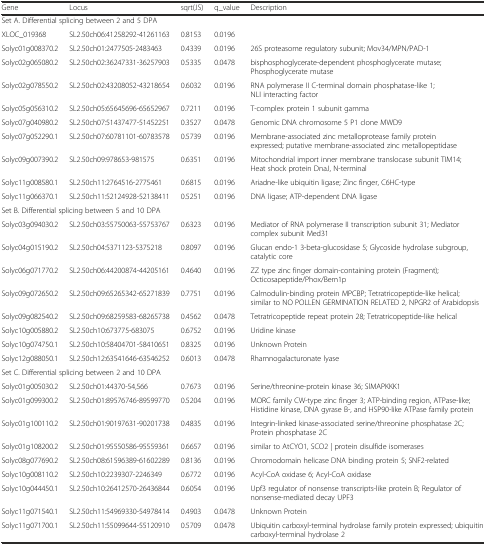
<table><thead><tr><td><b>Gene</b></td><td><b>Locus</b></td><td><b>sqrt(JS)</b></td><td><b>q_value</b></td><td><b>Description</b></td></tr></thead><tbody><tr><td colspan="5">Set A. Differential splicing between 2 and 5 DPA</td></tr><tr><td>XLOC_019368</td><td>SL2.50ch06:41258292-41261163</td><td>0.8153</td><td>0.0196</td><td></td></tr><tr><td>Solyc01g008370.2</td><td>SL2.50ch01:2477505-2483463</td><td>0.4339</td><td>0.0196</td><td>26S proteasome regulatory subunit; Mov34/MPN/PAD-1</td></tr><tr><td>Solyc02g065080.2</td><td>SL2.50ch02:36247331-36257903</td><td>0.5335</td><td>0.0478</td><td>bisphosphoglycerate-dependent phosphoglycerate mutase; Phosphoglycerate mutase</td></tr><tr><td>Solyc02g078550.2</td><td>SL2.50ch02:43208052-43218654</td><td>0.6032</td><td>0.0196</td><td>RNA polymerase II C-terminal domain phosphatase-like 1; NLI interacting factor</td></tr><tr><td>Solyc05g056310.2</td><td>SL2.50ch05:65645696-65652967</td><td>0.7211</td><td>0.0196</td><td>T-complex protein 1 subunit gamma</td></tr><tr><td>Solyc07g040980.2</td><td>SL2.50ch07:51437477-51452251</td><td>0.3527</td><td>0.0478</td><td>Genomic DNA chromosome 5 P1 clone MWD9</td></tr><tr><td>Solyc07g052290.1</td><td>SL2.50ch07:60781101-60783578</td><td>0.5739</td><td>0.0196</td><td>Membrane-associated zinc metalloprotease family protein expressed; putative membrane-associated zinc metallopeptidase</td></tr><tr><td>Solyc09g007390.2</td><td>SL2.50ch09:978653-981575</td><td>0.6351</td><td>0.0196</td><td>Mitochondrial import inner membrane translocase subunit TIM14; Heat shock protein DnaJ, N-terminal</td></tr><tr><td>Solyc11g008580.1</td><td>SL2.50ch11:2764516-2775461</td><td>0.6815</td><td>0.0196</td><td>Ariadne-like ubiquitin ligase; Zinc finger, C6HC-type</td></tr><tr><td>Solyc11g066370.1</td><td>SL2.50ch11:52124928-52138411</td><td>0.5251</td><td>0.0196</td><td>DNA ligase; ATP-dependent DNA ligase</td></tr><tr><td colspan="5">Set B. Differential splicing between 5 and 10 DPA</td></tr><tr><td>Solyc03g094030.2</td><td>SL2.50ch03:55750063-55753767</td><td>0.6323</td><td>0.0196</td><td>Mediator of RNA polymerase II transcription subunit 31; Mediator complex subunit Med31</td></tr><tr><td>Solyc04g015190.2</td><td>SL2.50ch04:5371123-5375218</td><td>0.8097</td><td>0.0196</td><td>Glucan endo-1 3-beta-glucosidase 5; Glycoside hydrolase subgroup, catalytic core</td></tr><tr><td>Solyc06g071770.2</td><td>SL2.50ch06:44200874-44205161</td><td>0.4640</td><td>0.0196</td><td>ZZ type zinc finger domain-containing protein (Fragment); Octicosapeptide/Phox/Bem1p</td></tr><tr><td>Solyc09g072650.2</td><td>SL2.50ch09:65265342-65271839</td><td>0.7751</td><td>0.0196</td><td>Calmodulin-binding protein MPCBP; Tetratricopeptide-like helical; similar to NO POLLEN GERMINATION RELATED 2, NPGR2 of Arabidopsis</td></tr><tr><td>Solyc09g082540.2</td><td>SL2.50ch09:68259583-68265738</td><td>0.4562</td><td>0.0478</td><td>Tetratricopeptide repeat protein 28; Tetratricopeptide-like helical</td></tr><tr><td>Solyc10g005880.2</td><td>SL2.50ch10:673775-683075</td><td>0.6752</td><td>0.0196</td><td>Uridine kinase</td></tr><tr><td>Solyc10g074750.1</td><td>SL2.50ch10:58404701-58410651</td><td>0.8325</td><td>0.0196</td><td>Unknown Protein</td></tr><tr><td>Solyc12g088050.1</td><td>SL2.50ch12:63541646-63546252</td><td>0.6013</td><td>0.0478</td><td>Rhamnogalacturonate lyase</td></tr><tr><td colspan="5">Set C. Differential splicing between 2 and 10 DPA</td></tr><tr><td>Solyc01g005030.2</td><td>SL2.50ch01:44370-54,566</td><td>0.7673</td><td>0.0196</td><td>Serine/threonine-protein kinase 36; SlMAPKKK1</td></tr><tr><td>Solyc01g099300.2</td><td>SL2.50ch01:89576746-89599770</td><td>0.5204</td><td>0.0196</td><td>MORC family CW-type zinc finger 3; ATP-binding region, ATPase-like; Histidine kinase, DNA gyrase B-, and HSP90-like ATPase family protein</td></tr><tr><td>Solyc01g100110.2</td><td>SL2.50ch01:90197631-90201738</td><td>0.4835</td><td>0.0196</td><td>Integrin-linked kinase-associated serine/threonine phosphatase 2C; Protein phosphatase 2C</td></tr><tr><td>Solyc01g108200.2</td><td>SL2.50ch01:95550586-95559361</td><td>0.6657</td><td>0.0196</td><td>similar to AtCYO1, SCO2 | protein disulfide isomerases</td></tr><tr><td>Solyc08g077690.2</td><td>SL2.50ch08:61596389-61602289</td><td>0.8136</td><td>0.0196</td><td>Chromodomain helicase DNA binding protein 5; SNF2-related</td></tr><tr><td>Solyc10g008110.2</td><td>SL2.50ch10:2239307-2246349</td><td>0.6772</td><td>0.0196</td><td>Acyl-CoA oxidase 6; Acyl-CoA oxidase</td></tr><tr><td>Solyc10g044450.1</td><td>SL2.50ch10:26412570-26436844</td><td>0.6054</td><td>0.0196</td><td>Upf3 regulator of nonsense transcripts-like protein B; Regulator of nonsense-mediated decay UPF3</td></tr><tr><td>Solyc11g071540.1</td><td>SL2.50ch11:54969330-54978414</td><td>0.4903</td><td>0.0478</td><td>Unknown Protein</td></tr><tr><td>Solyc11g071700.1</td><td>SL2.50ch11:55099644-55120910</td><td>0.5709</td><td>0.0478</td><td>Ubiquitin carboxyl-terminal hydrolase family protein expressed; ubiquitin carboxyl-terminal hydrolase 2</td></tr></tbody></table>